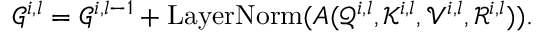
\mathcal { G } ^ { i , l } = \mathcal { G } ^ { i , l - 1 } + \mathrm { L a y e r N o r m } ( A ( \mathcal { Q } ^ { i , l } , \mathcal { K } ^ { i , l } , \mathcal { V } ^ { i , l } , \mathcal { R } ^ { i , l } ) ) .